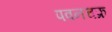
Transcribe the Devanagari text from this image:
पवनचक्र